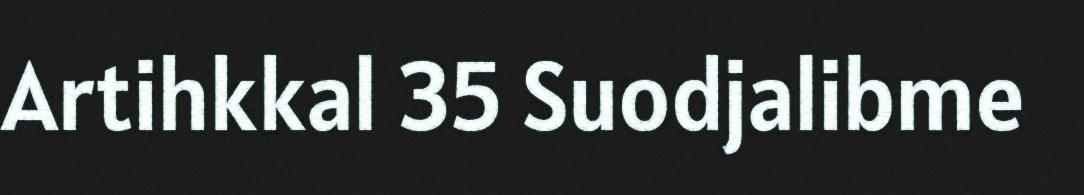
Artihkkal 35 Suodjalibme